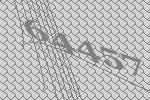
64457